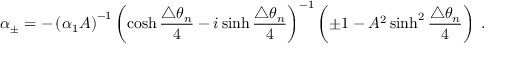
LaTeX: \alpha _ { \pm } = - \left( \alpha _ { 1 } A \right) ^ { - 1 } \left( \cosh \frac { \triangle \theta _ { n } } { 4 } - i \sinh \frac { \triangle \theta _ { n } } { 4 } \right) ^ { - 1 } \left( \pm 1 - A ^ { 2 } \sinh ^ { 2 } \frac { \triangle \theta _ { n } } { 4 } \right) \; .